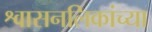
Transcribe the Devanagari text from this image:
श्वासनलिकांच्या